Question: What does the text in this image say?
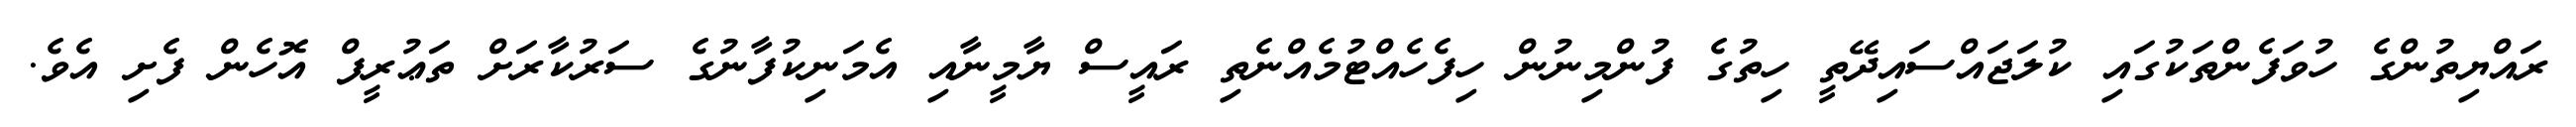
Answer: ރައްޔިތުންގެ ހުވަފެންތަކުގައި ކުލަޖައްސައިދޭތީ ހިތުގެ ފުންމިނުން ހިފެހެއްޓުމެއްނެތި ރައީސް ޔާމީނާއި އެމަނިކުފާނުގެ ސަރުކާރަށް ތަޢުރީފް އޮހެން ފެށި އެވެ.